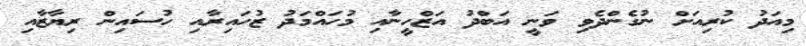
މިއަދު ކުރިއަށް ނުގެންދެވި ވަނީ އަބްދު އަޒްހީނާއި މުހައްމަދު ޒުހައިރާއި ހުސައިން ރިޔާޒާއި